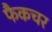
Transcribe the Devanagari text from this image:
फैकचर